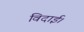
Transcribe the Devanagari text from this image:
विदाई।